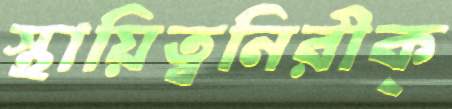
স্থায়িত্বনিরীক্